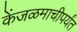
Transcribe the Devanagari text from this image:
केंजळमाचीपर्यंत